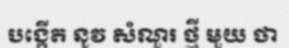
បង្កើត នូវ សំណួរ ថ្មី មួយ ថា